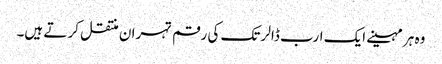
وہ ہر مہینے ایک ارب ڈالر تک کی رقم تہران منتقل کر تے ہیں۔